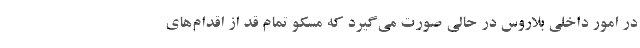
در امور داخلی بلاروس در حالی صورت می‌گیرد که مسکو تمام قد از اقدام‌های